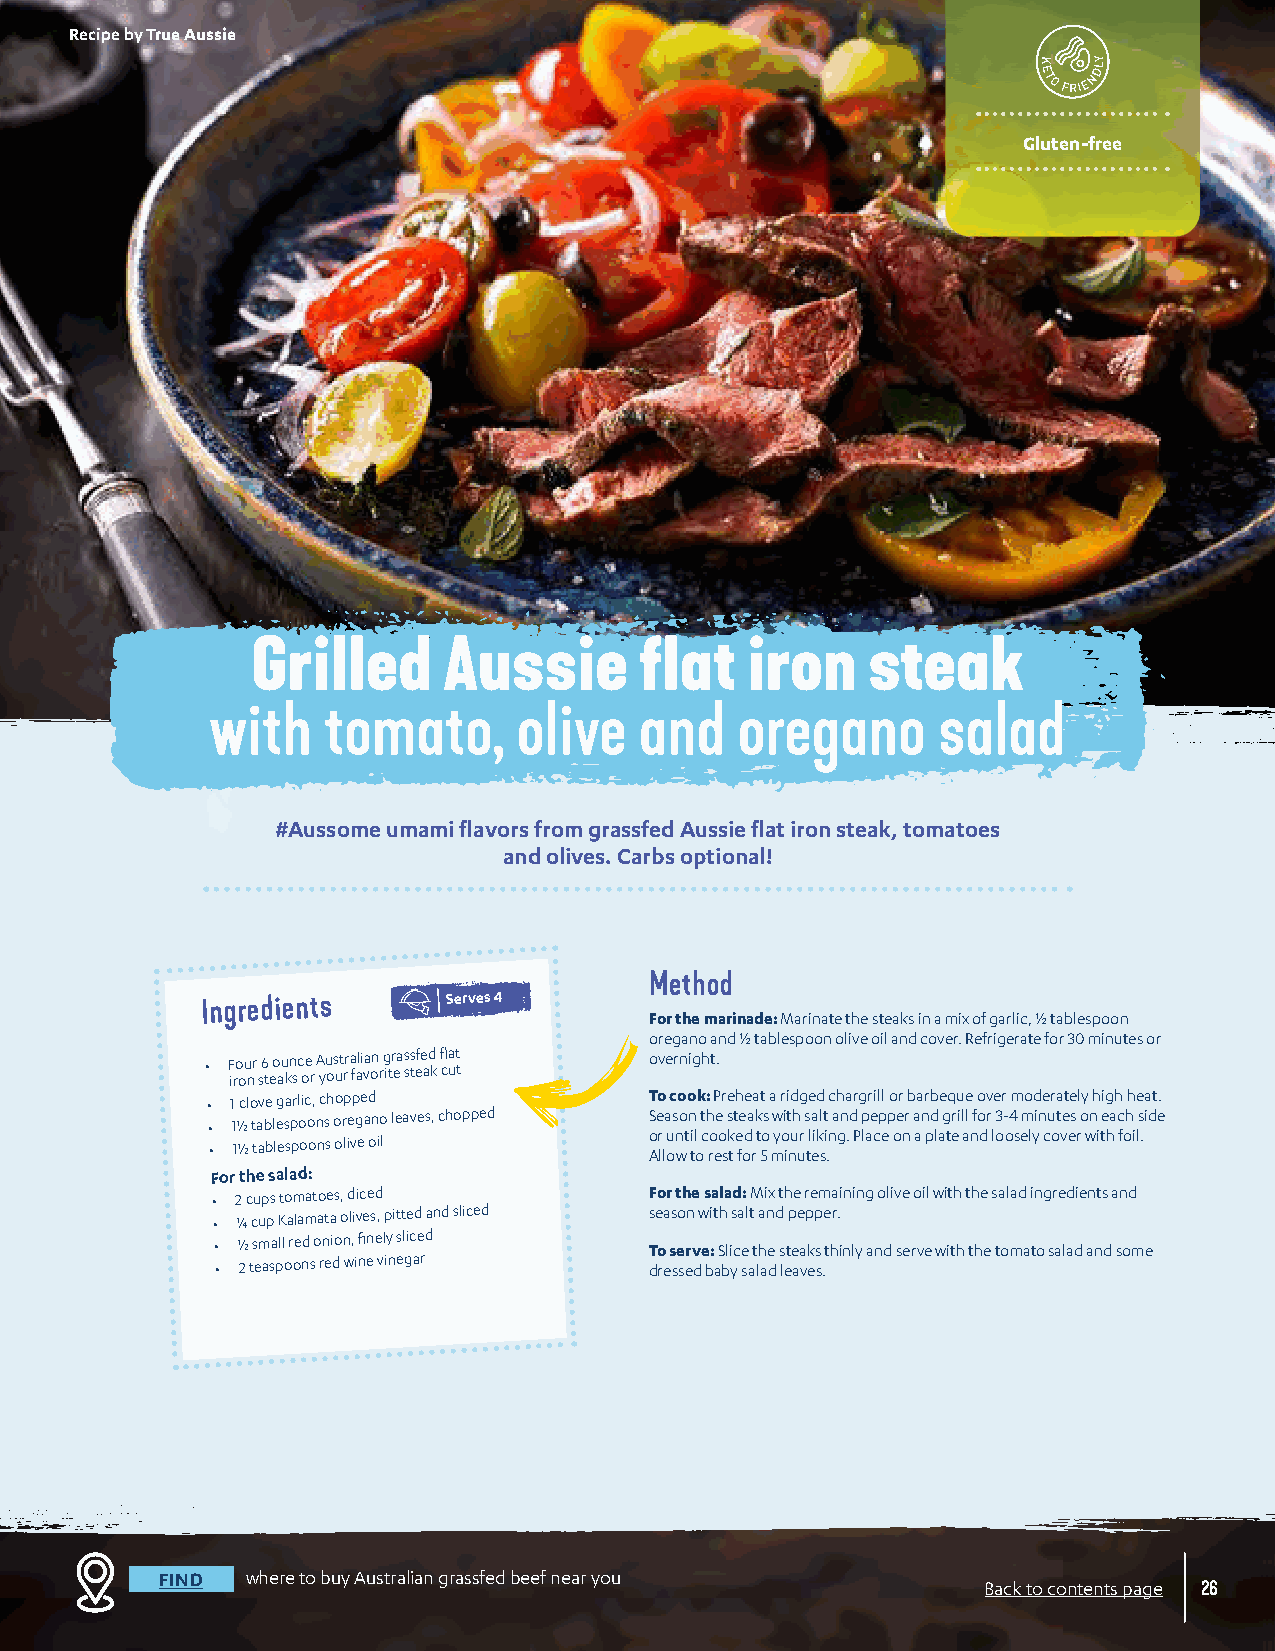
Recipe by True Aussie
 Gluten-free
 Grilled     Aussie       flat   iron    steak
 with   tomato,      olive   and    oregano      salad
 #Aussome umami flavors from grassfed Aussie flat iron steak, tomatoes
 and olives. Carbs optional!
 Method
 Ingredients      Serves 4
 For the marinade: Marinate the steaks in a mix of garlic, ½ tablespoon
 oregano and ½ tablespoon olive oil and cover. Refrigerate for 30 minutes or
 • F iro ou nr s6 t eo au kn sc oe r A yu os ut rr a fali va on r g itr ea s ss tefe ad k fl ca ut t overnight.
 • 1 clove garlic, chopped    To cook: Preheat a ridged chargrill or barbeque over moderately high heat.
 • 1 ½ tablespoons oregano leaves, chopped Season the steaks with salt and pepper and grill for 3-4 minutes on each side
 • 1 ½ tablespoons olive oil  o Ar ll ou wnt til o c ro eo sk t e fod r t 5o myo inu ur tl eik si .n g. Place on a plate and loosely cover with foil.
 For the salad:
 • 2 cups tomatoes, diced     For the salad: Mix the remaining olive oil with the salad ingredients and
 • ¼ cup Kalamata olives, pitted and sliced season with salt and pepper.
 • ½ small red onion, finely sliced To serve: Slice the steaks thinly and serve with the tomato salad and some
 • 2 teaspoons red wine vinegar dressed baby salad leaves.
 FIND where to buy Australian grassfed beef near you
 Back to contents page 26